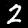
Label: 2